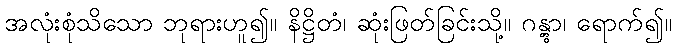
အလုံးစုံသိသော ဘုရားဟူ၍။ နိဋ္ဌိတံ၊ ဆုံးဖြတ်ခြင်းသို့။ ဂန္တွာ၊ ရောက်၍။